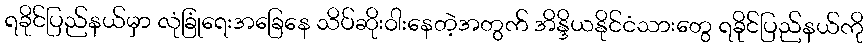
ရခိုင်ပြည်နယ်မှာ လုံခြုံရေးအခြေနေ သိပ်ဆိုးဝါးနေတဲ့အတွက် အိန္ဒိယနိုင်ငံသားတွေ ရခိုင်ပြည်နယ်ကို